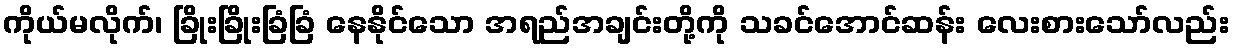
ကိုယ်မလိုက်၊ ခြိုးခြိုးခြံခြံ နေနိုင်သော အရည်အချင်းတို့ကို သခင်အောင်ဆန်း လေးစားသော်လည်း